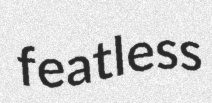
featless